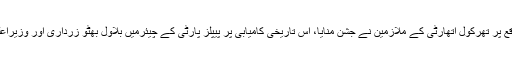
تھر کول سے نیشنل گرڈ کو بجلی کی فراہمی کے موقع پر تھرکول اتھارٹی کے ملازمین نے جشن منایا، اس تاریخی کامیابی پر پیپلز پارٹی کے چیئرمیں بلاول بھٹو زرداری اور وزیراعلیٰ سندھ سید مراد علی شاھ نے اظہار مسرت کیا ہے۔